Annual administration report of the Civil Veterinary Department of India - 1897-1898
Year: 1897
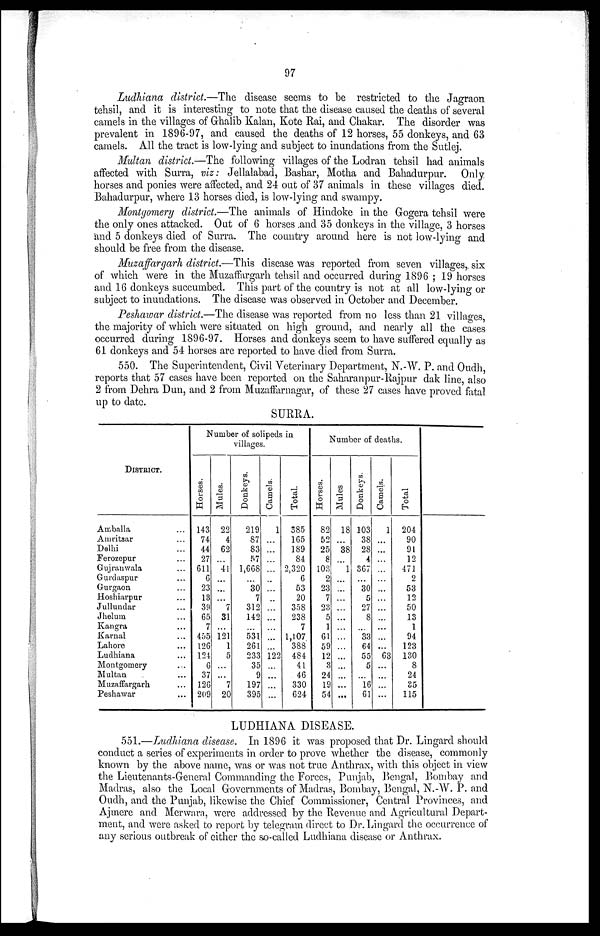
97
Ludhiana district.—The disease seems to be restricted to the Jagraon
tehsil, and it is interesting to note that the disease caused the deaths of several
camels in the villages of Ghalib Kalan, Kote Rai, and Chakar. The disorder was
prevalent in 1896-97, and caused the deaths of 12 horses, 55 donkeys, and 63
camels. All the tract is low-lying and subject to inundations from the Sutlej.
Multan district.—The following villages of the Lodran tehsil had animals
affected with Surra, viz: Jellalabad, Bashar, Motha and Bahadurpur. Only
horses and ponies were affected, and 24 out of 37 animals in these villages died.
Bahadurpur, where 13 horses died, is low-lying and swampy.
Montgomery district.—The animals of Hindoke in the Gogera tehsil were
the only ones attacked. Out of 6 horses and 35 donkeys in the village, 3 horses
and 5 donkeys died of Surra. The country around here is not low-lying and
should be free from the disease.
Muzaffargarh district.—This disease was reported from seven villages, six
of which were in the Muzaffargarh tehsil and occurred during 1896; 19 horses
and 16 donkeys succumbed. This part of the country is not at all low-lying or
subject to inundations. The disease was observed in October and December.
Peshawar district.—The disease was reported from no less than 21 villages,
the majority of which were situated on high ground, and nearly all the cases
occurred during 1896-97. Horses and donkeys seem to have suffered equally as
61 donkeys and 54 horses are reported to have died from Surra.
550. The Superintendent, Civil Veterinary Department, N.-W. P. and Oudh,
reports that 57 cases have been reported on the Saharanpur-Rajpur dak line, also
2 from Dehra Dun, and 2 from Muzaffarnagar, of these 27 cases have proved fatal
up to date.
SURRA.
DISTRICT.
Amballa ...
Amritsar ...
Delhi ...
Ferozepur ...
Gujranwala ...
Gurdaspur ...
Gurgaon ...
Hoshiarpur ...
Jullundar ...
Jhelum ...
Kangra ...
Karnal ...
Lahore ...
Ludhiana ...
Montgomery ...
Multan ...
Muzaffargarh ...
Peshawar ...
Number of solipeds in
villages.
Horses.
143
74
44
27
611
6
23
13
39
65
7
455
126
124
6
37
126
209
Mules.
22
4
62
...
41
...
...
...
7
31
...
121
1
5
...
...
7
20
Donkeys.
219
87
83
57
1,668
...
30
7
312
142
...
531
261
233
35
9
197
395
Camels.
1
...
...
...
...
...
...
...
...
...
...
...
...
122
...
...
...
...
Total.
385
165
189
84
2,320
6
53
20
358
238
7
1,107
388
484
41
46
330
624
Number of deaths.
Horses.
82
52
25
8
103
2
23
7
23
5
1
61
59
12
3
24
19
54
Mules
18
...
38
...
1
...
...
...
...
...
...
...
...
...
...
...
...
...
Donkeys.
103
38
28
4
367
...
30
5
27
8
...
33
64
55
5
...
16
61
Camels.
1
...
...
...
...
...
...
...
...
...
...
...
...
63
...
...
...
...
Total
204
90
91
12
471
2
53
12
50
13
1
94
123
130
8
24
35
115
LUDHIANA DISEASE.
551.—Ludhiana disease. In 1896 it was proposed that Dr. Lingard should
conduct a series of experiments in order to prove whether the disease, commonly
known by the above name, was or was not true Anthrax, with this object in view
the Lieutenants-General Commanding the Forces, Punjab, Bengal, Bombay and
Madras, also the Local Governments of Madras, Bombay, Bengal, N.-W. P. and
Oudh, and the Punjab, likewise the Chief Commissioner, Central Provinces, and
Ajmere and Merwara, were addressed by the Revenue and Agricultural Depart-
ment, and were asked to report by telegram direct to Dr. Lingard the occurrence of
any serious outbreak of either the so-called Ludhiana disease or Anthrax.